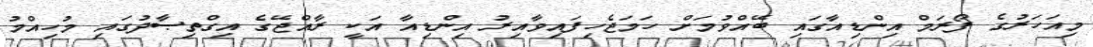
މިއަހަރުގެ ފޯރަމް އިންޑިއާގައި ބޭއްވުމަށް ހަމަޖެހިފައިވާއިރު އިންޑިއާ އަކީ ރާއްޖޭގެ އިގްތިޞާދުގައި މުހިއްމު